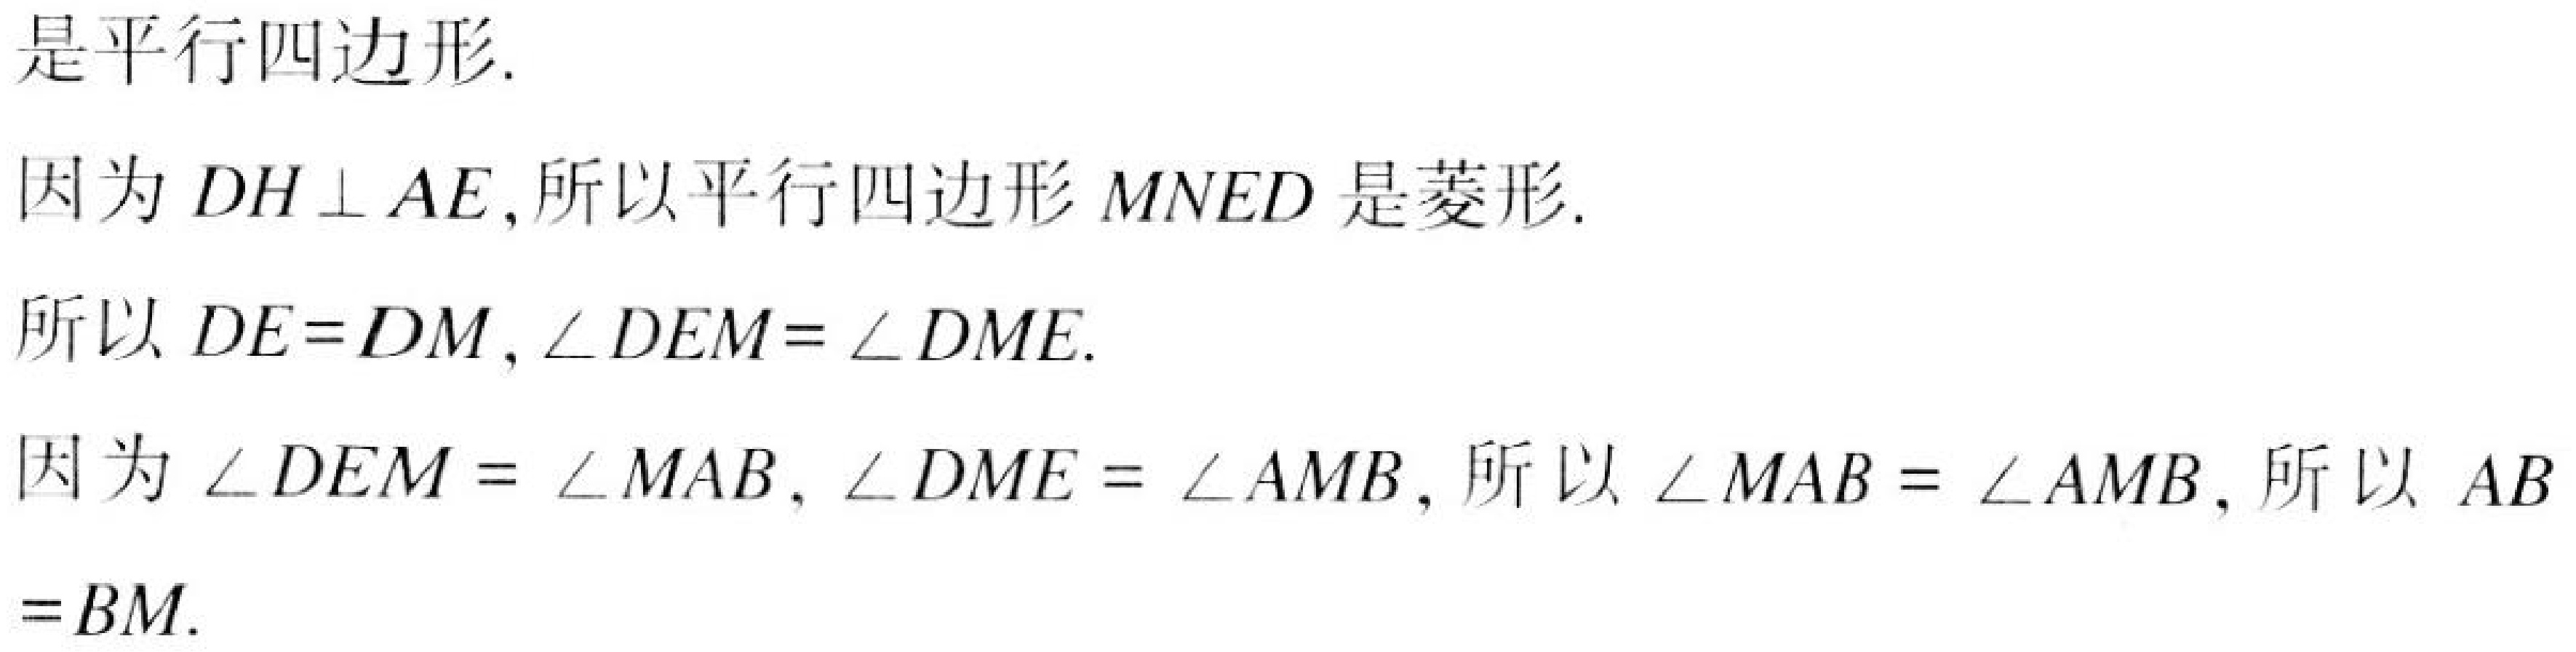
是平行四边形.
因为\(DH\perp AE\),所以平行四边形\(MNED\)是菱形.
所以\(DE = DM\),\(\angle DEM=\angle DME\).
因为\(\angle DEM=\angle MAB\),\(\angle DME=\angle AMB\),所以\(\angle MAB=\angle AMB\),所以\(AB\)
\(=BM\).